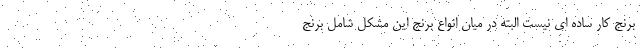
برنج کار ساده ای نیست البته در میان انواع برنج این مشکل شامل برنج